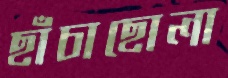
ছাঁচাছোলা